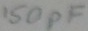
Text: 150pF